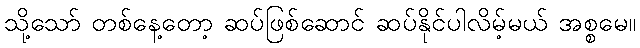
သို့သော် တစ်နေ့တော့ ဆပ်ဖြစ်ဆောင် ဆပ်နိုင်ပါလိမ့်မယ် အစ္စမေ။